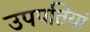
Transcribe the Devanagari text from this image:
उपपतियां